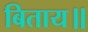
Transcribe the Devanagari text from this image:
बिताय॥